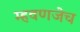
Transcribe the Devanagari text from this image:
म्हवणजेच